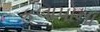
કલાપોના